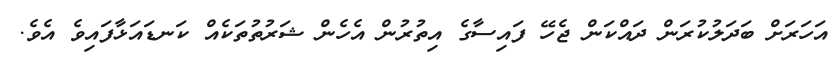
އަހަރަށް ބަދަލުކުރަން ދައްކަން ޖެހޭ ފައިސާގެ އިތުރުން އެހެން ޝަރުތުތަކެއް ކަނޑައަޅާފައިވެ އެވެ.